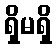
ရှိမရှိ